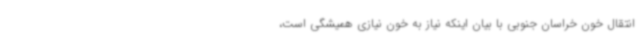
انتقال خون خراسان جنوبی با بیان اینکه نیاز به خون نیازی همیشگی است،